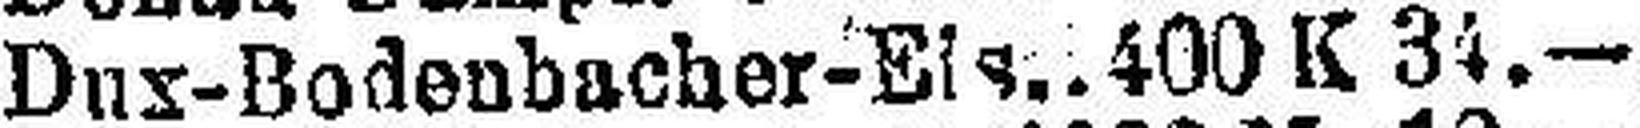
Dux-Bodenbacher-Eis. 400 K 34.—